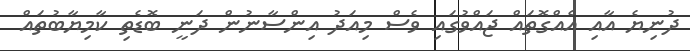
ދުނިޔެ އާއި އެއްގޮތައް ޖައްވުގައި ވެސް މިއަދު އިންސާނުން ދަނީ ބޮޑެތި ކާމިޔާބުތައް